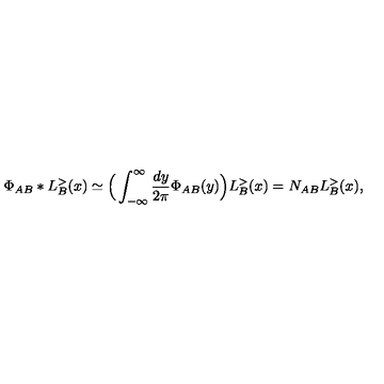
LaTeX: \Phi _ { A B } * L _ { B } ^ { > } ( x ) \simeq \Big ( \int _ { - \infty } ^ { \infty } \frac { d y } { 2 \pi } \Phi _ { A B } ( y ) \Big ) L _ { B } ^ { > } ( x ) = N _ { A B } L _ { B } ^ { > } ( x ) ,